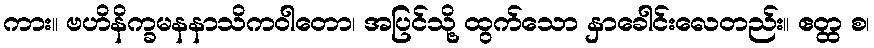
ကား။ ဗဟိနိက္ခမနနာသိကဝါတော၊ အပြင်သို့ ထွက်သော နှာခေါင်းလေတည်း။ ဧတ္ထ စ၊